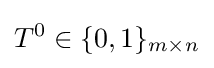
T^{0}\in \{0,1\}_{m\times n}